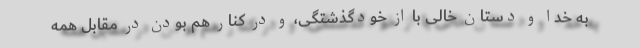
به خدا و دستان خالی با از خودگذشتگی، و در کنار هم بودن در مقابل همه